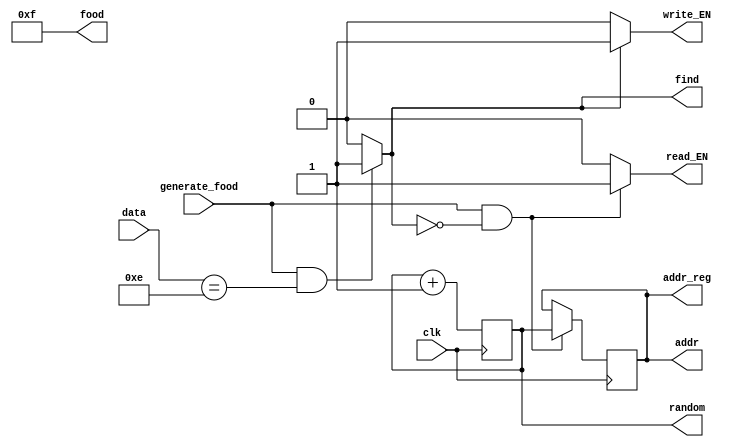
`timescale 1ns / 1ps
//////////////////////////////////////////////////////////////////////////////////
// Company: 
// Engineer: 
// 
// Design Name: 
// Module Name:    Gen_Food 
// Project Name: 
// Target Devices: 
// Tool versions: 
// Description: 
//
// Dependencies: 
//
// Revision: 
// Revision 0.01 - File Created
// Additional Comments: 
//
//////////////////////////////////////////////////////////////////////////////////

//4'fE
//generate_food
module Gen_Food(
	input wire clk,
	input wire generate_food,
	input wire [3:0] data,
	output wire [3:0] food,
	output wire [7:0] addr,
	output wire read_EN,
	output wire write_EN
//if debug
	,
	output reg [7:0] random,
	output reg [7:0] addr_reg,
	output wire find
//end if
    );
//if not debug
//	reg [7:0] random;
//	reg [7:0] addr_reg;
//	wire find;
//end if	
	initial begin
		random = 8'b0;
		addr_reg = 8'b0;
	end
	
	always@(posedge clk) begin
		random <= random + 1'b1;
		if (generate_food == 1'b1 && find != 1'b1) begin
			addr_reg <= random;
		end
	end

	
	assign read_EN = (generate_food == 1'b1 && find == 1'b0) ? 1'b1 : 1'b0;
	assign addr = addr_reg;
	
	assign write_EN = (find == 1'b1) ? 1'b1 : 1'b0;
	
	assign find = (generate_food && data == 4'he) ? 1'b1 : 1'b0;
	
	assign food = 4'hf;
endmodule